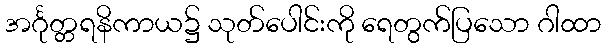
အင်္ဂုတ္တရနိကာယ၌ သုတ်ပေါင်းကို ရေတွက်ပြသော ဂါထာ